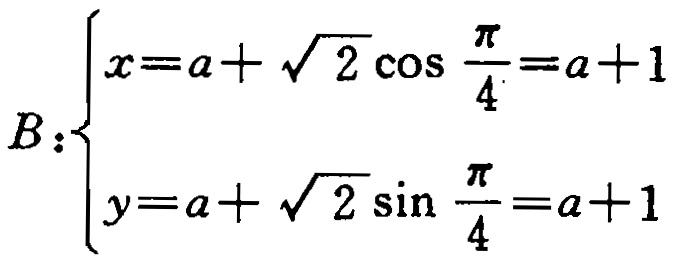
\[
B:\begin{cases}
x = a+\sqrt{2}\cos\frac{\pi}{4}=a + 1\\
y = a+\sqrt{2}\sin\frac{\pi}{4}=a + 1
\end{cases}
\]